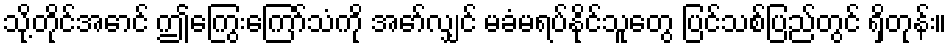
သို့တိုင်အောင် ဤကြွေးကြော်သံကို အော်လျှင် မခံမရပ်နိုင်သူတွေ ပြင်သစ်ပြည်တွင် ရှိတုန်း။